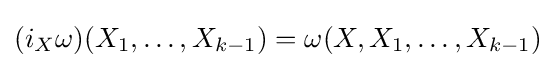
(i_{X}\omega )(X_{1},\ldots ,X_{k-1})=\omega (X,X_{1},\ldots ,X_{k-1})